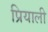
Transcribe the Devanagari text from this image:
प्रियाली